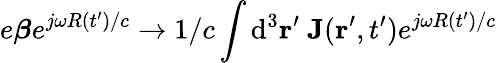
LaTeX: e\boldsymbol{\beta}e^{j\omega R(t^{\prime})/c}\rightarrow 1/c\int\mathrm{d}^{3}{\mathbf r}^{\prime}\ \mathbf{J}({\mathbf r}^{\prime},t^{\prime})e^{j\omega R(t^{\prime})/c}